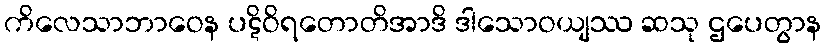
ကိလေသာဘာဝေန ပဋိဝိရတောတိအာဒိ ဒါသောဝယျဿ ဆသု ဌပေတွာန